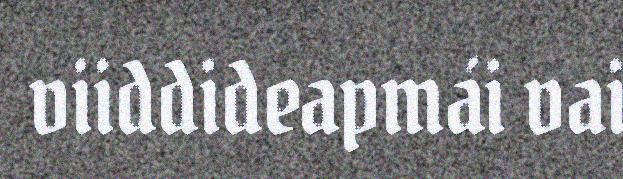
viiddideapmái vai